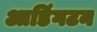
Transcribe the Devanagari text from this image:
आडिंगटन